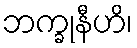
ဘက္ခုနီဟိ၊